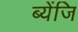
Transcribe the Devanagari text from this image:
ब्येंजि